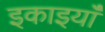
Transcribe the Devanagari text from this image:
इकाइयांँ